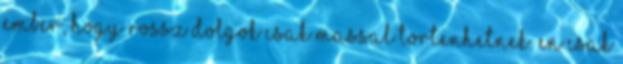
ember, hogy rossz dolgok csak massal tortenhetnek. En csak